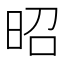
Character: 昭